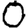
Digit: 0